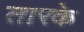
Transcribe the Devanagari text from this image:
तारके